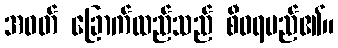
အဝတ် ခြောက်ထည်သည် စီဝရမည်၏။